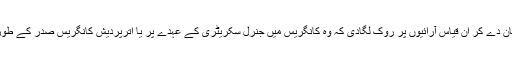
انہوں نے جمعہ کے روز بیان دے کر ان قیاس آرائیوں پر روک لگادی کہ وہ کانگریس میں جنرل سکریٹری کے عہدے پر یا اترپردیش کانگریس صدر کے طور پر سیاست میں آسکتی ہیں۔